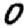
Digit: 0